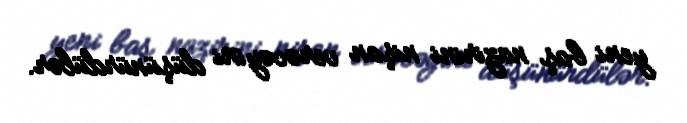
yeni baş nazirini nişan verəcəyini düşünürdülər.